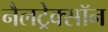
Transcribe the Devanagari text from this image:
नैलट्रेक्सॉन